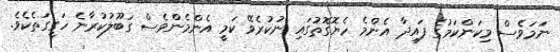
ނަމަވެސް މިކަންކަމުގެ ފައިދާ އެންމެ ހެޔޮގޮތުގައި ނުކުރެވޭ ކަމީ އެންމެންވެސް ގަބޫލުކުރާނެ ހަގީގަތެކެވެ.